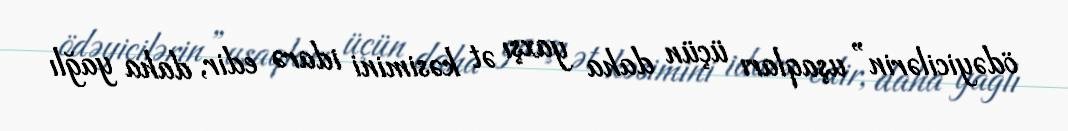
ödəyicilərin” uşaqları üçün daha yaxşı ət kəsimini idarə edir, daha yağlı